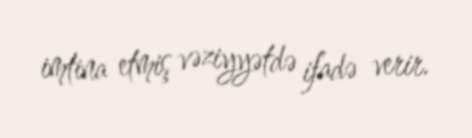
imtina etmiş vəziyyətdə ifadə verir.